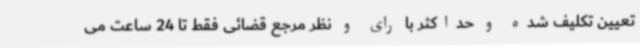
تعیین تکلیف شده و حداکثر با رای و نظر مرجع قضائی فقط تا 24 ساعت می